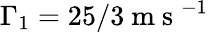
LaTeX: \Gamma_{1}=25/3\mathrm{~m~s~}^{-1}